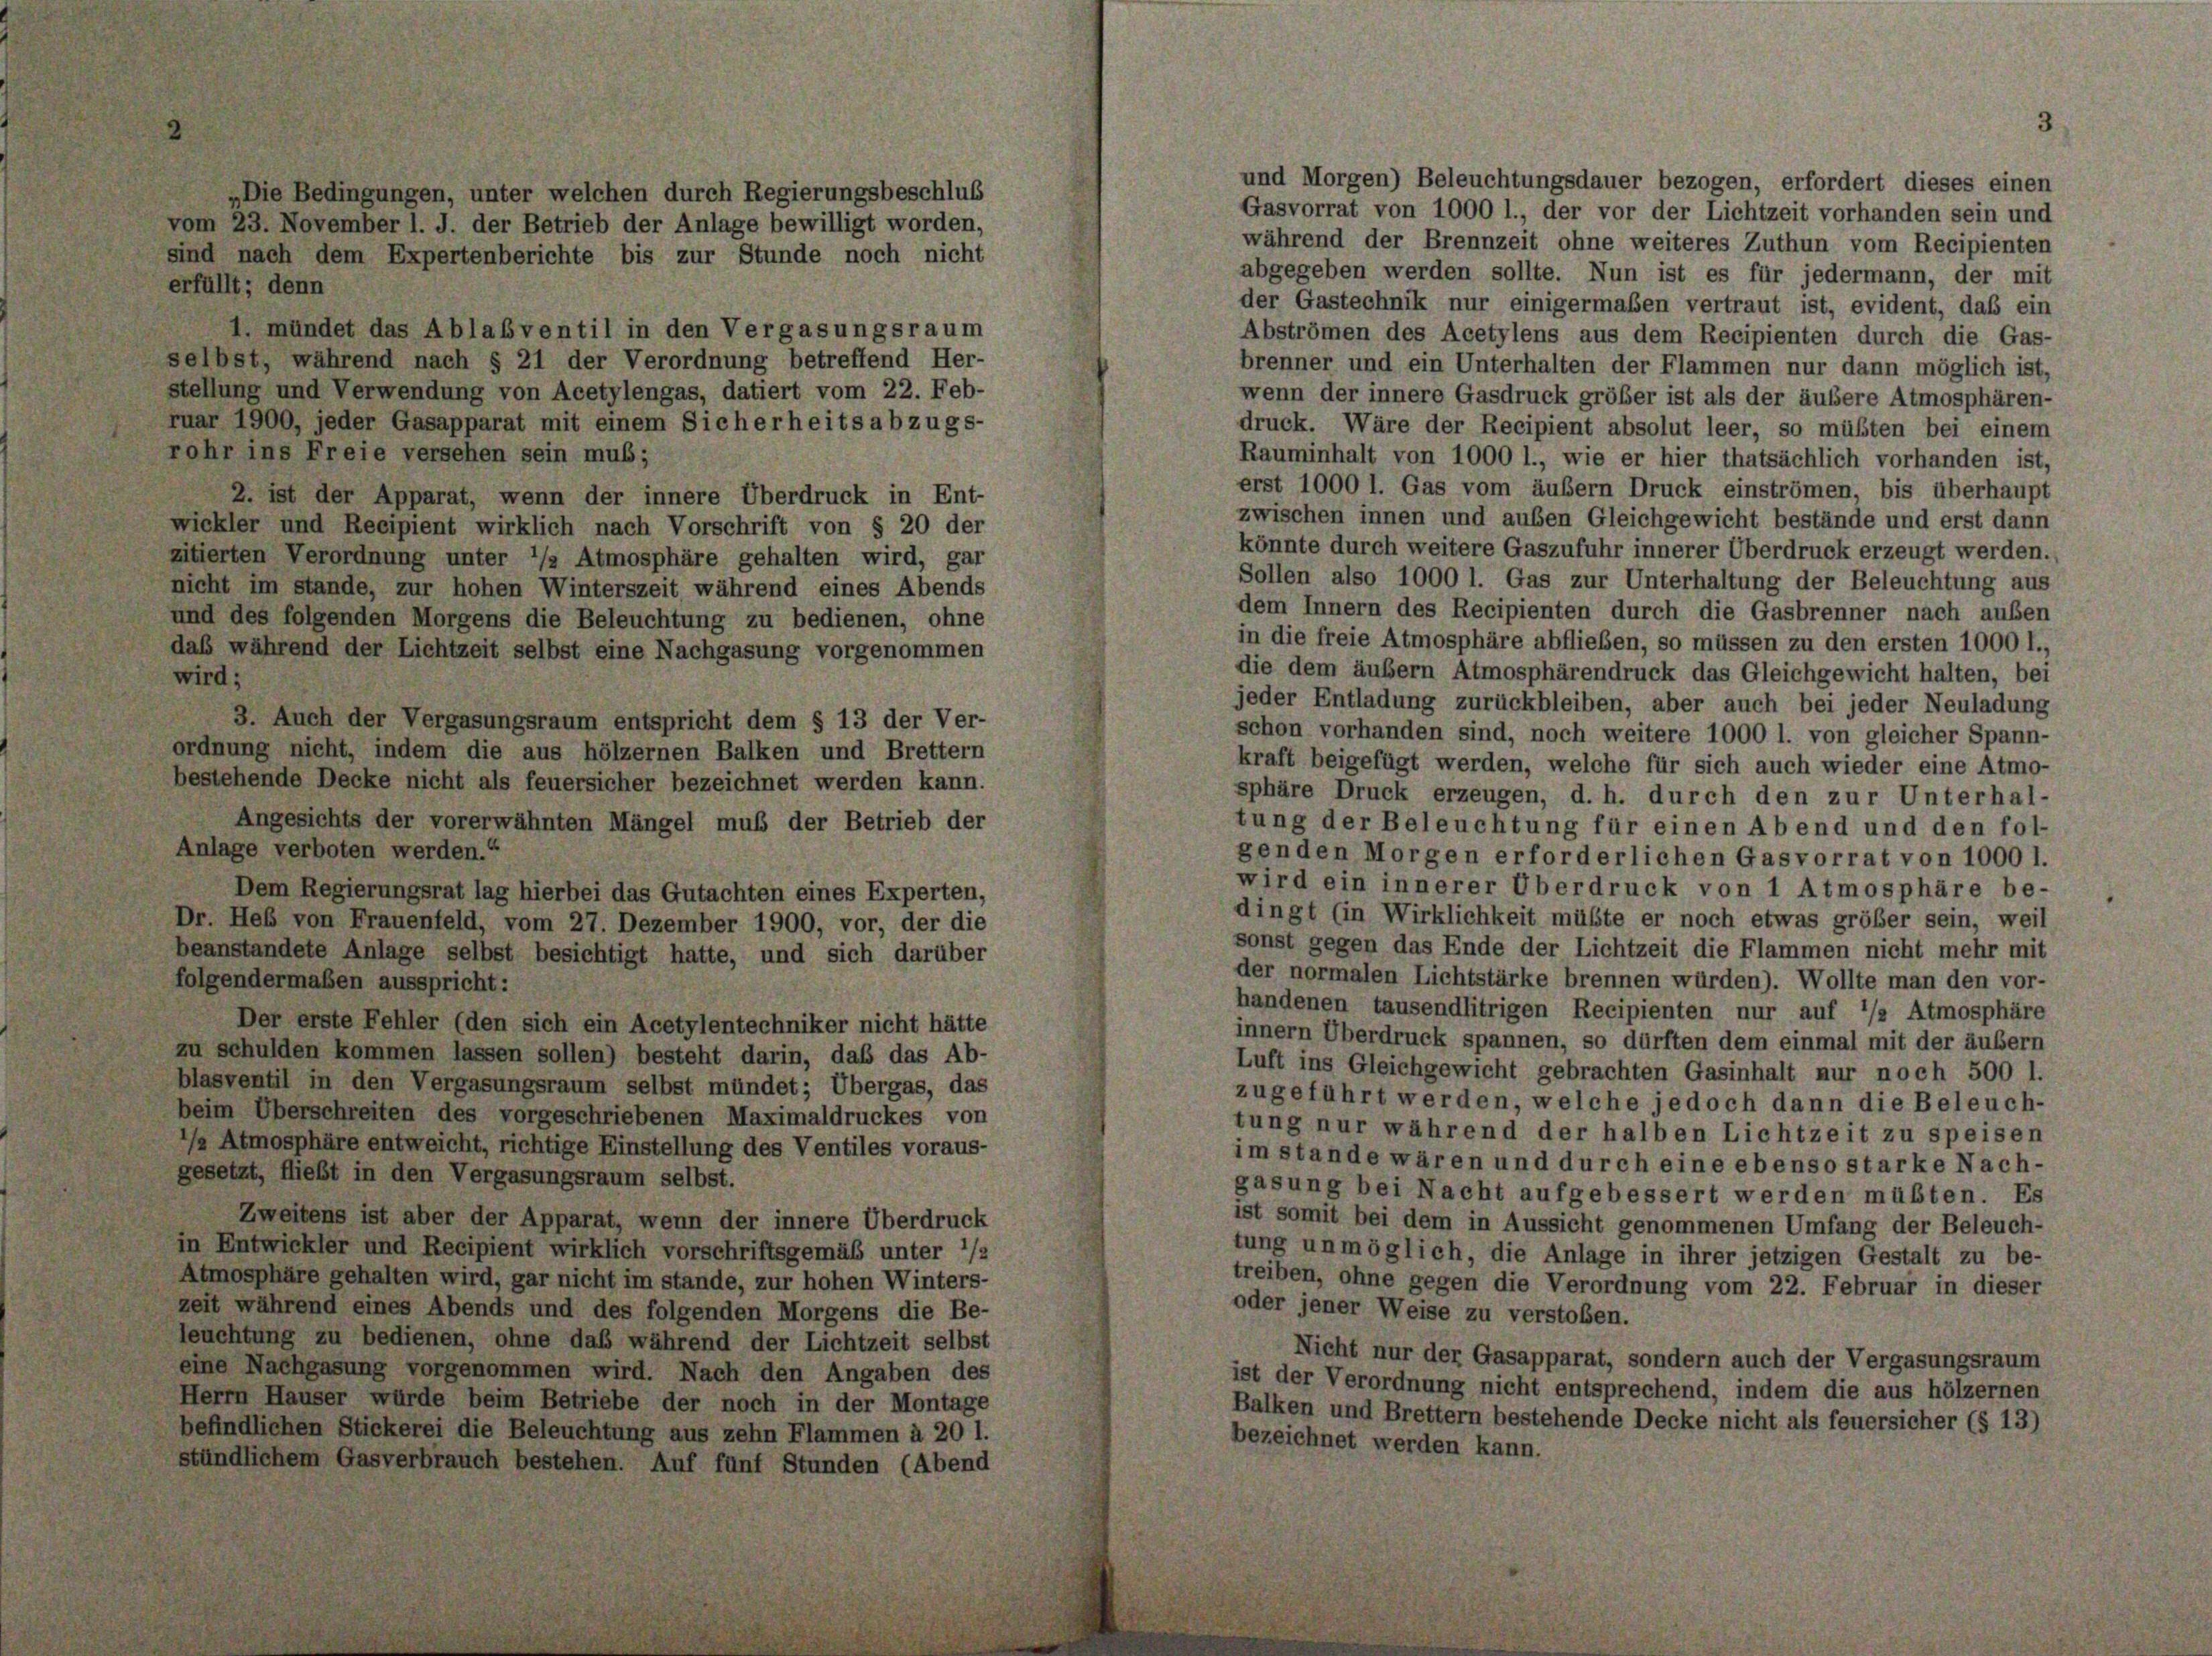
und Morgen) Beleuchtungsdauer bezogen, erfordert dieses einen
„Die Bedingungen, unter welchen durch Regierungsbeschlus
Gasvorrat von 1000 l., der vor der Lichtzeit vorhanden sein und
vom 23. November l. J. der Betrieb der Anlage bewilligt worden,
während der Brennzeit ohne weiteres Zuthun vom Recipienten
sind nach dem Expertenberichte bis zur Stunde noch nicht
abgegeben werden sollte. Nun ist es für jedermann, der mit
erfüllt; denn
der Gastechnik nur einigermaßen vertraut ist, evident, daß ein
1. mündet das Ablabventil in den Vergasungsraum
Abströmen des Acetylens aus dem Recipienten durch die Gas-
selbst, während nach § 21 der Verordnung betreffend Her-
brenner und ein Unterhalten der Flammen nur dann möglich ist,
stellung und Verwendung von Acetylengas, datiert vom 22. Feb-
wenn der innere Gasdruck größer ist als der äußere Atmosphären-
ruar 1900, jeder Gasapparat mit einem Sicherheits abzugs-
druck. Wäre der Recipient absolut leer, so müßten bei einem
rohr ins Freie versehen sein mus;
Rauminhalt von 1000 l., wie er hier thatsächlich vorhanden ist,
erst 1000 l. Gas vom äußern Druck einströmen, bis überhaupt
2. ist der Apparat, wenn der innere Überdruck in Ent-
zwischen innen und ausen Gleichgewicht bestände und erst dann
wickler und Recipient wirklich nach Vorschrift von § 20 der
könnte durch weitere Gaszufuhr innerer Überdruck erzeugt werden.
zitierten Verordnung unter */2 Atmosphäre gehalten wird, gar
Sollen also 1000 l. Gas zur Unterhaltung der Beleuchtung aus
nicht im stande, zur hohen Winterszeit während eines Abends
dem Innern des Recipienten durch die Gasbrenner nach außen
und des folgenden Morgens die Beleuchtung zu bedienen, ohne
in die freie Atmosphäre abfließen, so müssen zu den ersten 1000 l.,
daß während der Lichtzeit selbst eine Nachgasung vorgenommen
die dem äußern Atmosphärendruck das Gleichgewicht halten, bei
wird;
jeder Entladung zurückbleiben, aber auch bei jeder Neuladung
3. Auch der Vergasungsraum entspricht dem § 13 der Ver-
schon vorhanden sind, noch weitere 1000 l. von gleicher Spann-
ordnung nicht, indem die aus hölzernen Balken und Brettern
kraft beigefügt werden, welche für sich auch wieder eine Atmo-
bestehende Decke nicht als feuersicher bezeichnet werden kann.
sphäre Druck erzeugen, d. h. durch den zur Unterhal-
Angesichts der vorerwähnten Mängel muß der Betrieb der
tung der Beleuchtung für einen Abend und den fol-
Anlage verboten werden.“
genden Morgen erforderlichen Gasvorrat von 1000 l.
wird ein innerer Überdruck von 1 Atmosphäre be-
Dem Regierungsrat lag hierbei das Gutachten eines Experten,
dingt (in Wirklichkeit müßte er noch etwas größer sein, weil
Dr. Heb von Frauenfeld, vom 27. Dezember 1900, vor, der die
sonst gegen das Ende der Lichtzeit die Flammen nicht mehr mit
beanstandete Anlage selbst besichtigt hatte, und sich darüber
der normalen Lichtstärke brennen würden). Wollte man den vor-
folgendermaßen ausspricht:
handenen tausendlitrigen Recipienten nur auf 1/2 Atmosphäre
Der erste Fehler (den sich ein Acetylentechniker nicht hätte
innern Überdruck spannen, so dürften dem einmal mit der äußern
zu schulden kommen lassen sollen) besteht darin, daß das Ab-
Luft ins Gleichgewicht gebrachten Gasinhalt nur noch 500 l.
blasventil in den Vergasungsraum selbst mündet; Übergas, das
zugeführt werden, welche jedoch dann die Beleuch-
beim Überschreiten des vorgeschriebenen Maximaldruckes von
tung nur während der halben Lichtzeit zu speisen
/ Atmosphäre entweicht, richtige Einstellung des Ventiles voraus-
im stande wären und durch eine ebenso starke Nach-
gesetzt, fliebt in den Vergasungsraum selbst.
gasung bei Nacht aufgebessert werden müßten. Es
Zweitens ist aber der Apparat, wenn der innere Überdruck
ist somit bei dem in Aussicht genommenen Umfang der Beleuch-
in Entwickler und Recipient wirklich vorschriftsgemäß unter */2
tung unmöglich, die Anlage in ihrer jetzigen Gestalt zu be-
Atmosphäre gehalten wird, gar nicht im stande, zur hohen Winters-
treiben, ohne gegen die Verordnung vom 22. Februar in dieser
zeit während eines Abends und des folgenden Morgens die Be-
oder jener Weise zu verstoben.
leuchtung zu bedienen, ohne daß während der Lichtzeit selbst
Nicht nur der Gasapparat, sondern auch der Vergasungsraum
eine Nachgasung vorgenommen wird. Nach den Angaben des
ist der Verordnung nicht entsprechend, indem die aus hölzernen
Herrn Hauser würde beim Betriebe der noch in der Montage
Balken und Brettern bestehende Decke nicht als feuersicher (§ 13)
befindlichen Stickerei die Beleuchtung aus zehn Flammen à 20 l.
bezeichnet werden kann.
stündlichem Gasverbrauch bestehen. Auf fünf Stunden (Abend